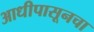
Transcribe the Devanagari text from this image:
आधीपासूनचा